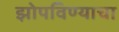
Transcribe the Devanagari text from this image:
झोपविण्याचा